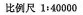
比例尺1:40000